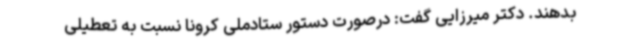
بدهند. دکتر میرزایی گفت: درصورت دستور ستادملی کرونا نسبت به تعطیلی